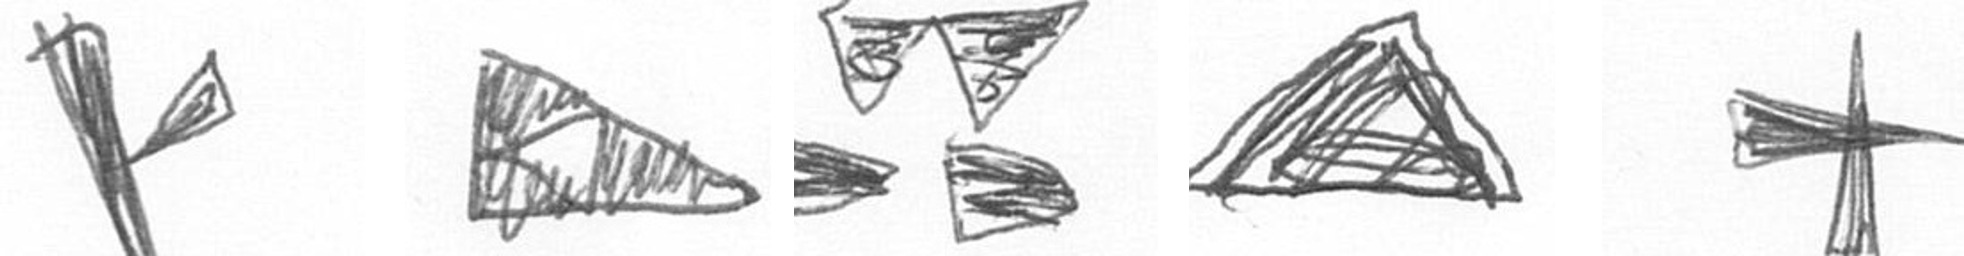
F K B O G